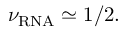
\nu _ { \mathrm { R N A } } \simeq 1 / 2 .